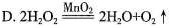
D. $$2H_{2}O_{2}\xlongequal[]{MnO_{2}}2H_{2}O+O_{2}\uparrow$$